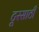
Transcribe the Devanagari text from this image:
टूरसाठी